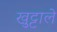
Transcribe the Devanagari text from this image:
खुट्टाले